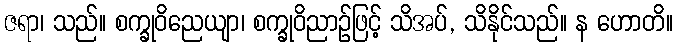
ဇရာ၊ သည်။ စက္ခုဝိညေယျာ၊ စက္ခုဝိညာဉ်ဖြင့် သိအပ်, သိနိုင်သည်။ န ဟောတိ။